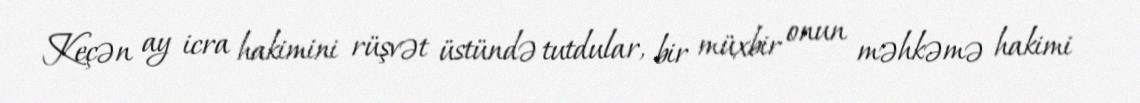
Keçən ay icra hakimini rüşvət üstündə tutdular, bir müxbir onun məhkəmə hakimi